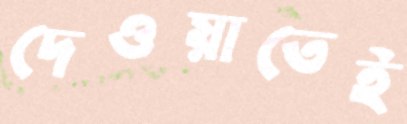
দেওয়াতেই